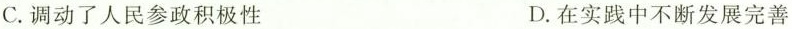
C.调动了人民参政积极性 D.在实践中不断发展完善